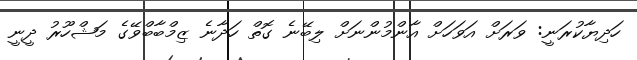
ހަދިޔާކުރަނީ: ވަރަށް އަވަހަށް އާންމުންނަށް ލިބޭނެ ގޮތް ހަދާނެ ޒިމްބާބްވޭގެ މަޝްހޫރު ދީނީ